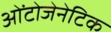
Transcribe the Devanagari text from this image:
ओंटोजेनेटिक